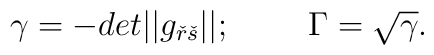
\gamma =-det||g_{\check{r}\check{s}}||;\quad \quad \ \Gamma =\sqrt{\gamma }.